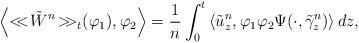
LaTeX: \begin{align*}\left< {<\!\!<\!\tilde{W}^{n}\!>\!\!>}_{t} (\varphi_{1}), \varphi_{2} \right> = \frac{1}{n} \int_{0}^{t} \left<\tilde{u}^n_{z},\varphi_{1}\varphi_{2}\Psi(\cdot,\tilde{\gamma}^n_z)\right>dz,\end{align*}